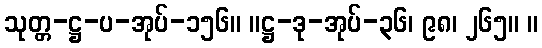
သုတ္တ-ဋ္ဌ-ပ-အုပ်-၁၅၆။ ။ဋ္ဌ-ဒု-အုပ်-၃၆၊ ၉၈၊ ၂၆၅။ ။